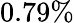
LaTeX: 0.79\%